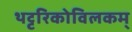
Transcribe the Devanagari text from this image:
थट्टरिकोविलकम्